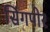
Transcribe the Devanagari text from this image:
सिंगपोर